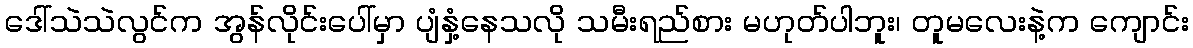
ဒေါ်သဲသဲလွင်က အွန်လိုင်းပေါ်မှာ ပျံနှံ့နေသလို သမီးရည်စား မဟုတ်ပါဘူး၊ တူမလေးနဲ့က ကျောင်း